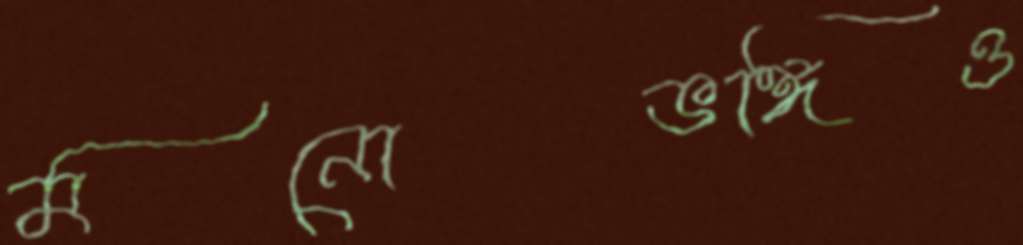
মনোভঙ্গিও